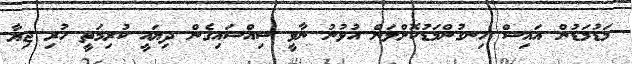
މަޑުމަޑުން އައިސް ހިނގުންމަޑުކޮށްލަން އުޅުނު ނާވީ ސިއްސައިގެން ދިޔައީ ކުރިމަތީ ހުރި ޖިޔާ